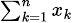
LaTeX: \scriptstyle\sum_{k=1}^{n}x_{k}